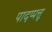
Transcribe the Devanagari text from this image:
पादप्पत्तू